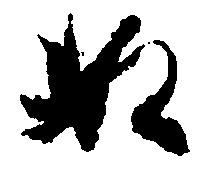
ぬ